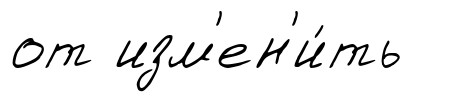
от изм'ен'и́ть